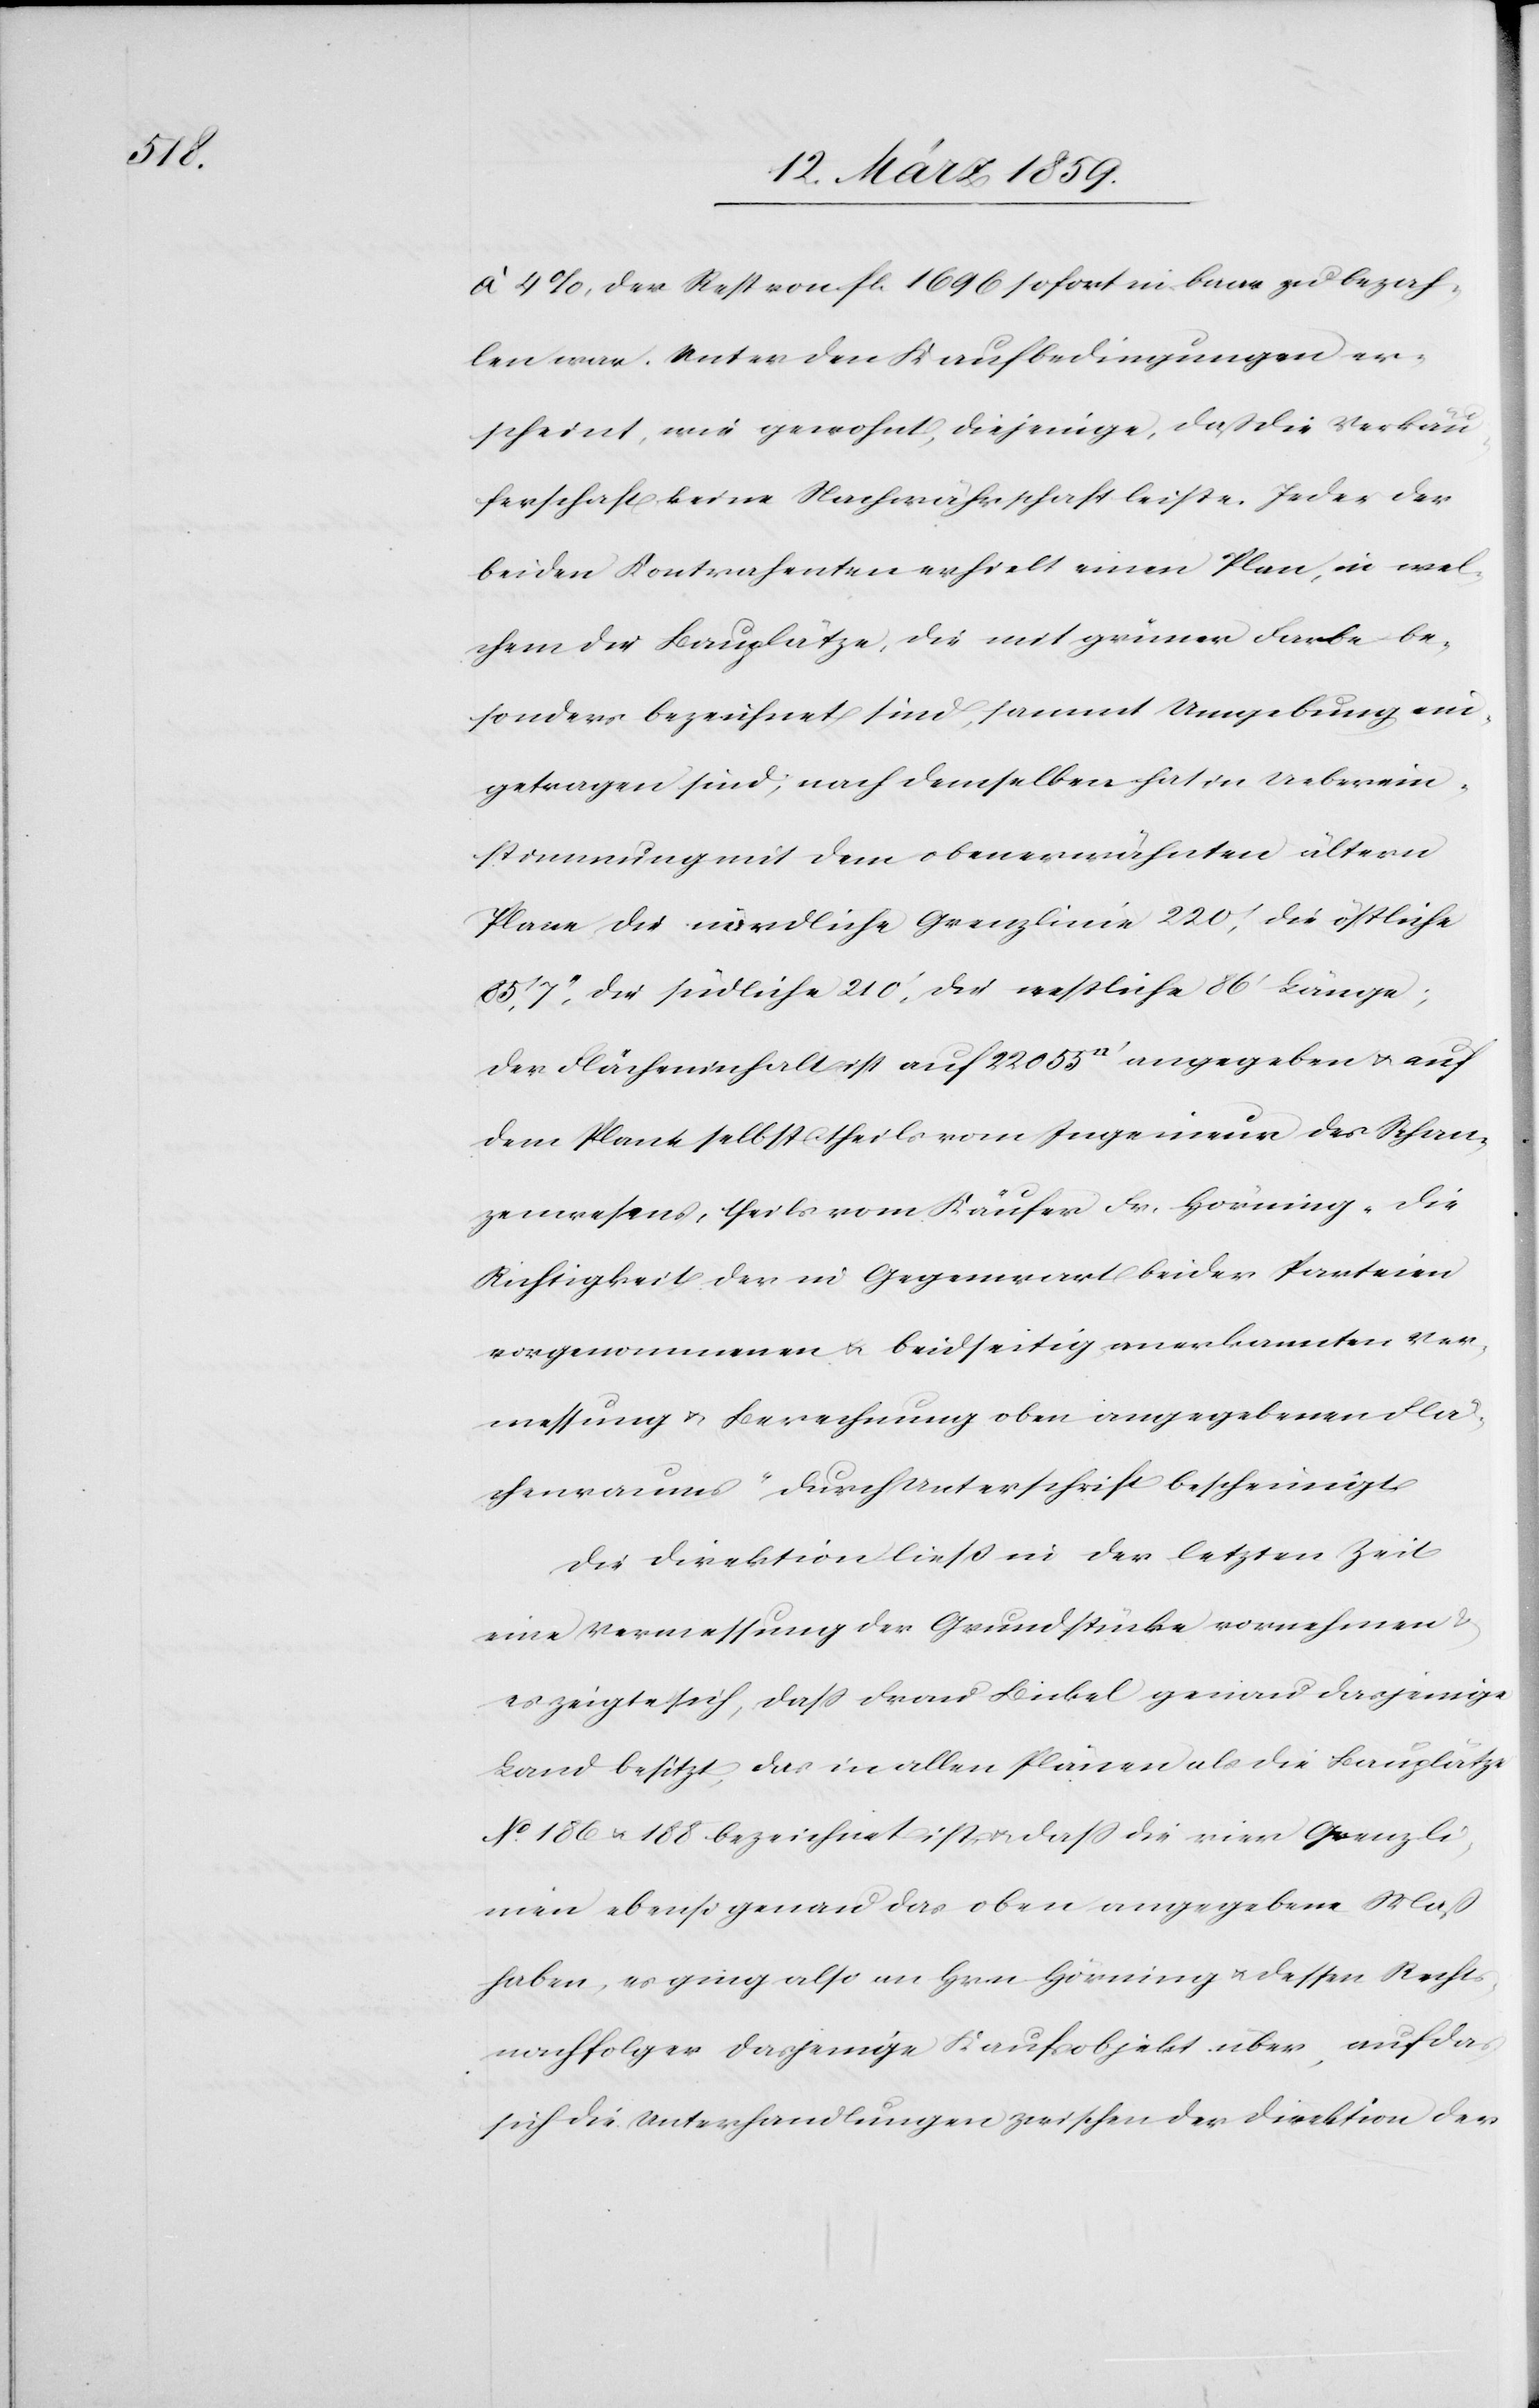
à 4 %, der Rest von fl. 1696 sofort in baar zu bezah¬
len war. Unter den Kaufbedingungen er¬
scheint, wie gewohnt, diejenige, daß die Verkäu¬
ferschaft keine Nachwährschaft leiste. Jeder der
beiden Kontrahenten erhielt einen Plan, in wel¬
chem die Bauplätze, die mit grüner Farbe be¬
sonders bezeichnet sind, sammt Umgebung ein¬
getragen sind; nach demselben hat in Ueberein¬
stimmung mit dem obenerwähnten ältern
Plane, die nördliche Grenzlinie 220‘, die östliche
7“, die südliche 210‘, die restliche 86‘ Länge;
der Flächeninhalt ist auf 22 055 Quadratfuß angegeben u. auf
dem Plane selbst theils vom Ingenieur des Schan¬
zenwesens, theils vom Käufer Fr. Hörning „die
Richtigkeit der in Gegenwart beider Parteien
vorgenommenen u. beidseitig anerkannten Ver¬
messung u. Berechnung oben angegebenen Flä¬
chenraumes“ durch Unterschrift bescheinigt.
Die Direktion ließ in der letzten Zeit
eine Vermessung der Grundstücke vornehmen &
es zeigte sich, daß Frau Bickel genau dasjenige
Land besitzt, das in allen Plänen als die Bauplätze
No 186 u. 188 bezeichnet ist, u. daß die vier Grenzli¬
nien ebenso genau das oben angegebene Maß
haben, es ging also an Hrn Hörning u. dessen Recht¬
snachfolger dasjenige Kaufsobjekt über, auf das
sich die Unterhandlungen zwischen der Direktion der